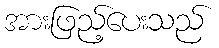
အားဖြည့်ပေးသည်